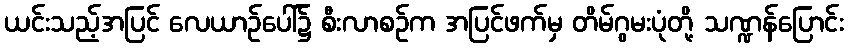
ယင်းသည့်အပြင် လေယာဉ်ပေါ်၌ စီးလာစဉ်က အပြင်ဖက်မှ တိမ်ဂွမးပုံတို့ သဏ္ဍန်ပြောင်း